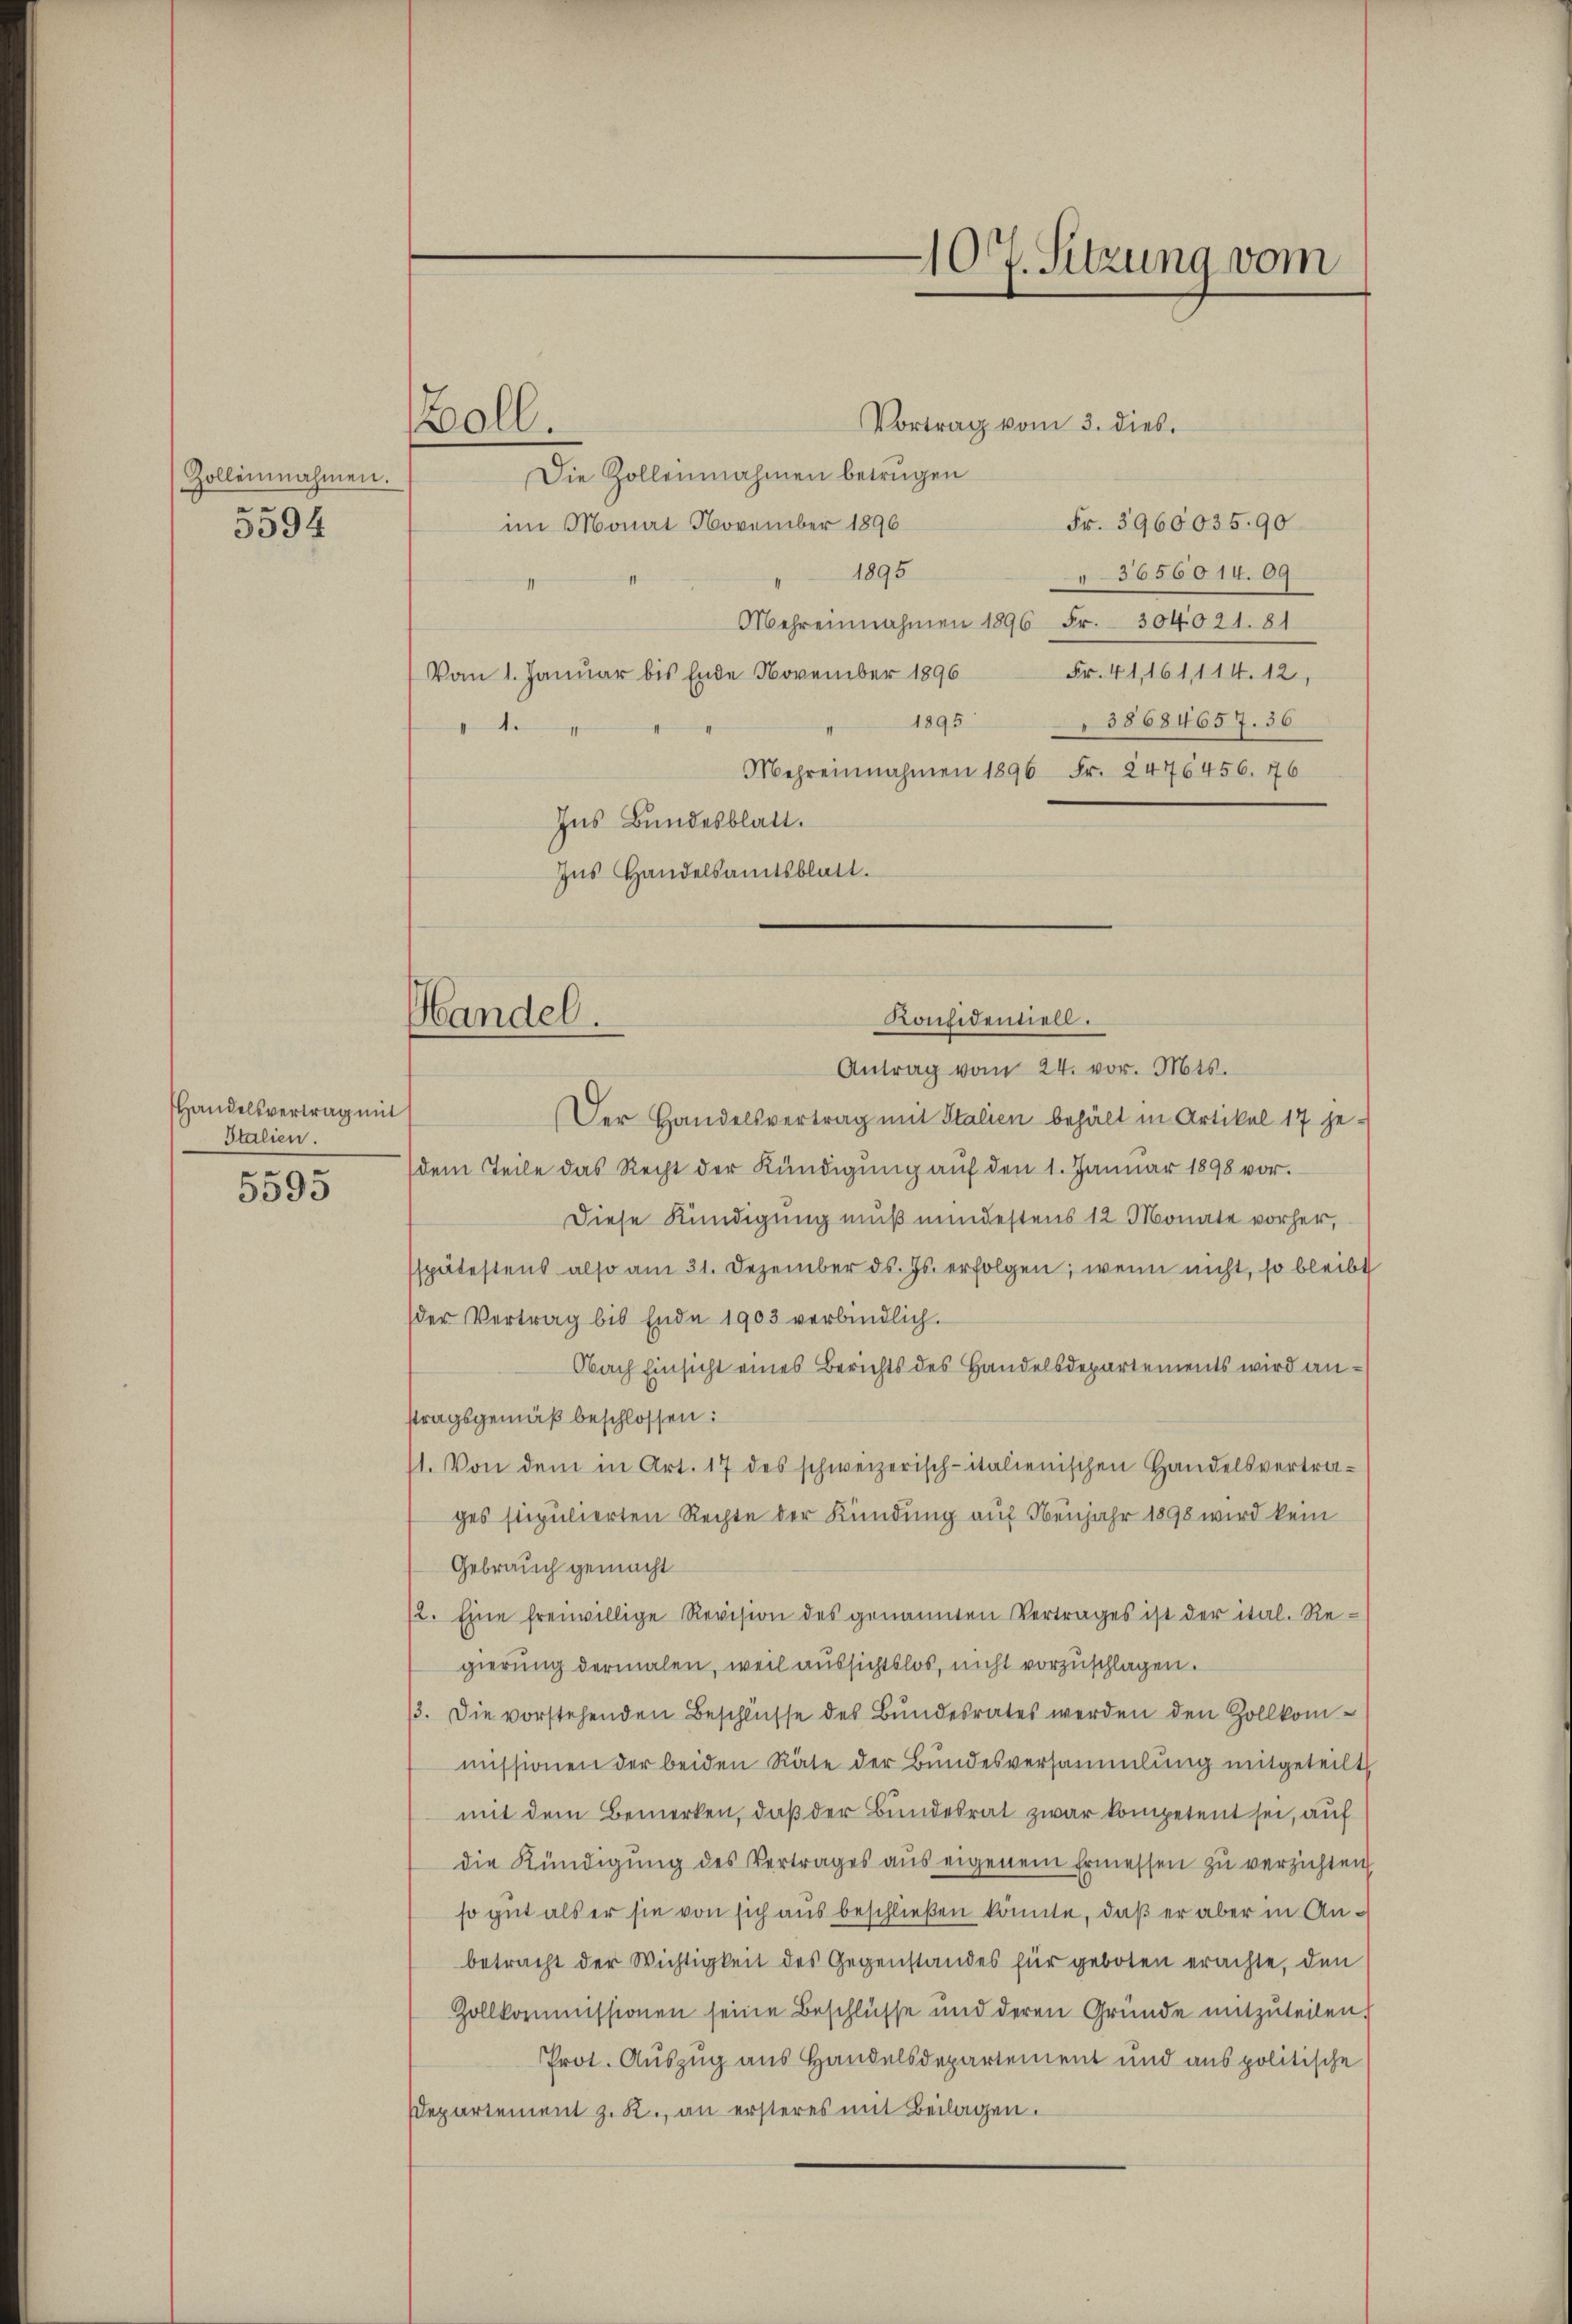
Zollennahmen.
u
3394.

Handelsvertrag mit
Italien.

5595

oll.

107. Sitzung vom

Konfidentiell.
Handel.
Antrag vom 24. vor. Mts.

Vortrag vom 3. dies.
Die Zollennahmen betrugen
Fr. 3960035. 90
im Monat November 1896
1895
3656014. 69
Mehreinnahmen 1896 Fr. 304021. 81
Fr. 41, 161, 114. 12,
Vom 1. Januar bis Ende November 1896
1895
38684657. 36
Ide
Mehreinnahmen 1896 Fr. 2476456. 76
Ins Bundesblatt.
Ins Handelsamtsblatt.
Der Handelsvertrag mit Italien behält in Artikel 17 je-
dem Teile das Recht der Kündigŭng aŭf den 1. Januar 1898 vor.
Diese Kündigung muß mindestens 12 Monate vorher,
sspätestens also am 31. Dezember ds. Js. erfolgen, wenn nicht, so bleibt
der Vertrag bis Ende 1903 verbindlich.
Obach Einsicht eines Berichts des Handelsdepartements wird anstragsgemäß beschlossen:
1. Von dem in Art. 17 des schweizerisch-italienischen Handelsvertrages stipulierten Rechte der Kündung auf Neujahr 1890 wird kein
Gebrauch gemacht
12. Eine freiwillige Revision des genannten Vertrages ist der ital. Re-
gierung dermalen, weil aussichtslos, nicht vorzuschlagen.
3. Die vorstehenden Beschlüsse des Bŭndesrates werden den Zollkom-
missionen der beiden Räte der Bundesversammlung mitgeteilt
mit dem Bemerken, daß der Bundesrat zwar kompetent sei, auf
die Kündigŭng des Vertrages aŭs eigenem Ermessen zŭ verzichten,
so gut als er sie von sich aus beschließen könnte, daß er aber in Anbetracht der Wichtigkeit des Gegenstandes für geboten erachte, den
Zollkommissionen seine Beschlüsse und deren Gründe mitzuteilen.
Prot. Auszug aus Handelsdepartement und aus politische
Departement z. R., an ersteres mit Beilagen.